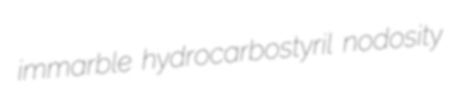
immarble hydrocarbostyril nodosity